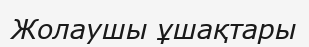
Жолаушы ұшақтары